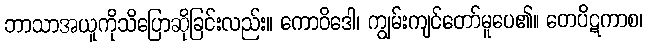
ဘာသာအယူကိုသိပြောဆိုခြင်းလည်း။ ကောဝိဒေါ၊ ကျွမ်းကျင်တော်မူပေ၏။ တေပိဋကာစ၊